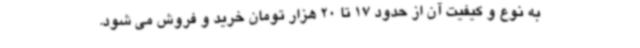
به نوع و کیفیت آن از حدود 17 تا 20 هزار تومان خرید و فروش می شود.